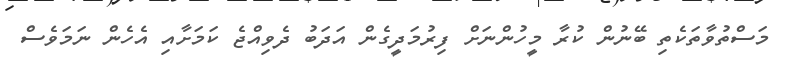
މަސްތުވާތަކެތި ބޭނުން ކުރާ މީހުންނަށް ފިރުމަދީގެން އަދަބު ދެވިއްޖެ ކަމަށާއި އެހެން ނަަމަވެސް